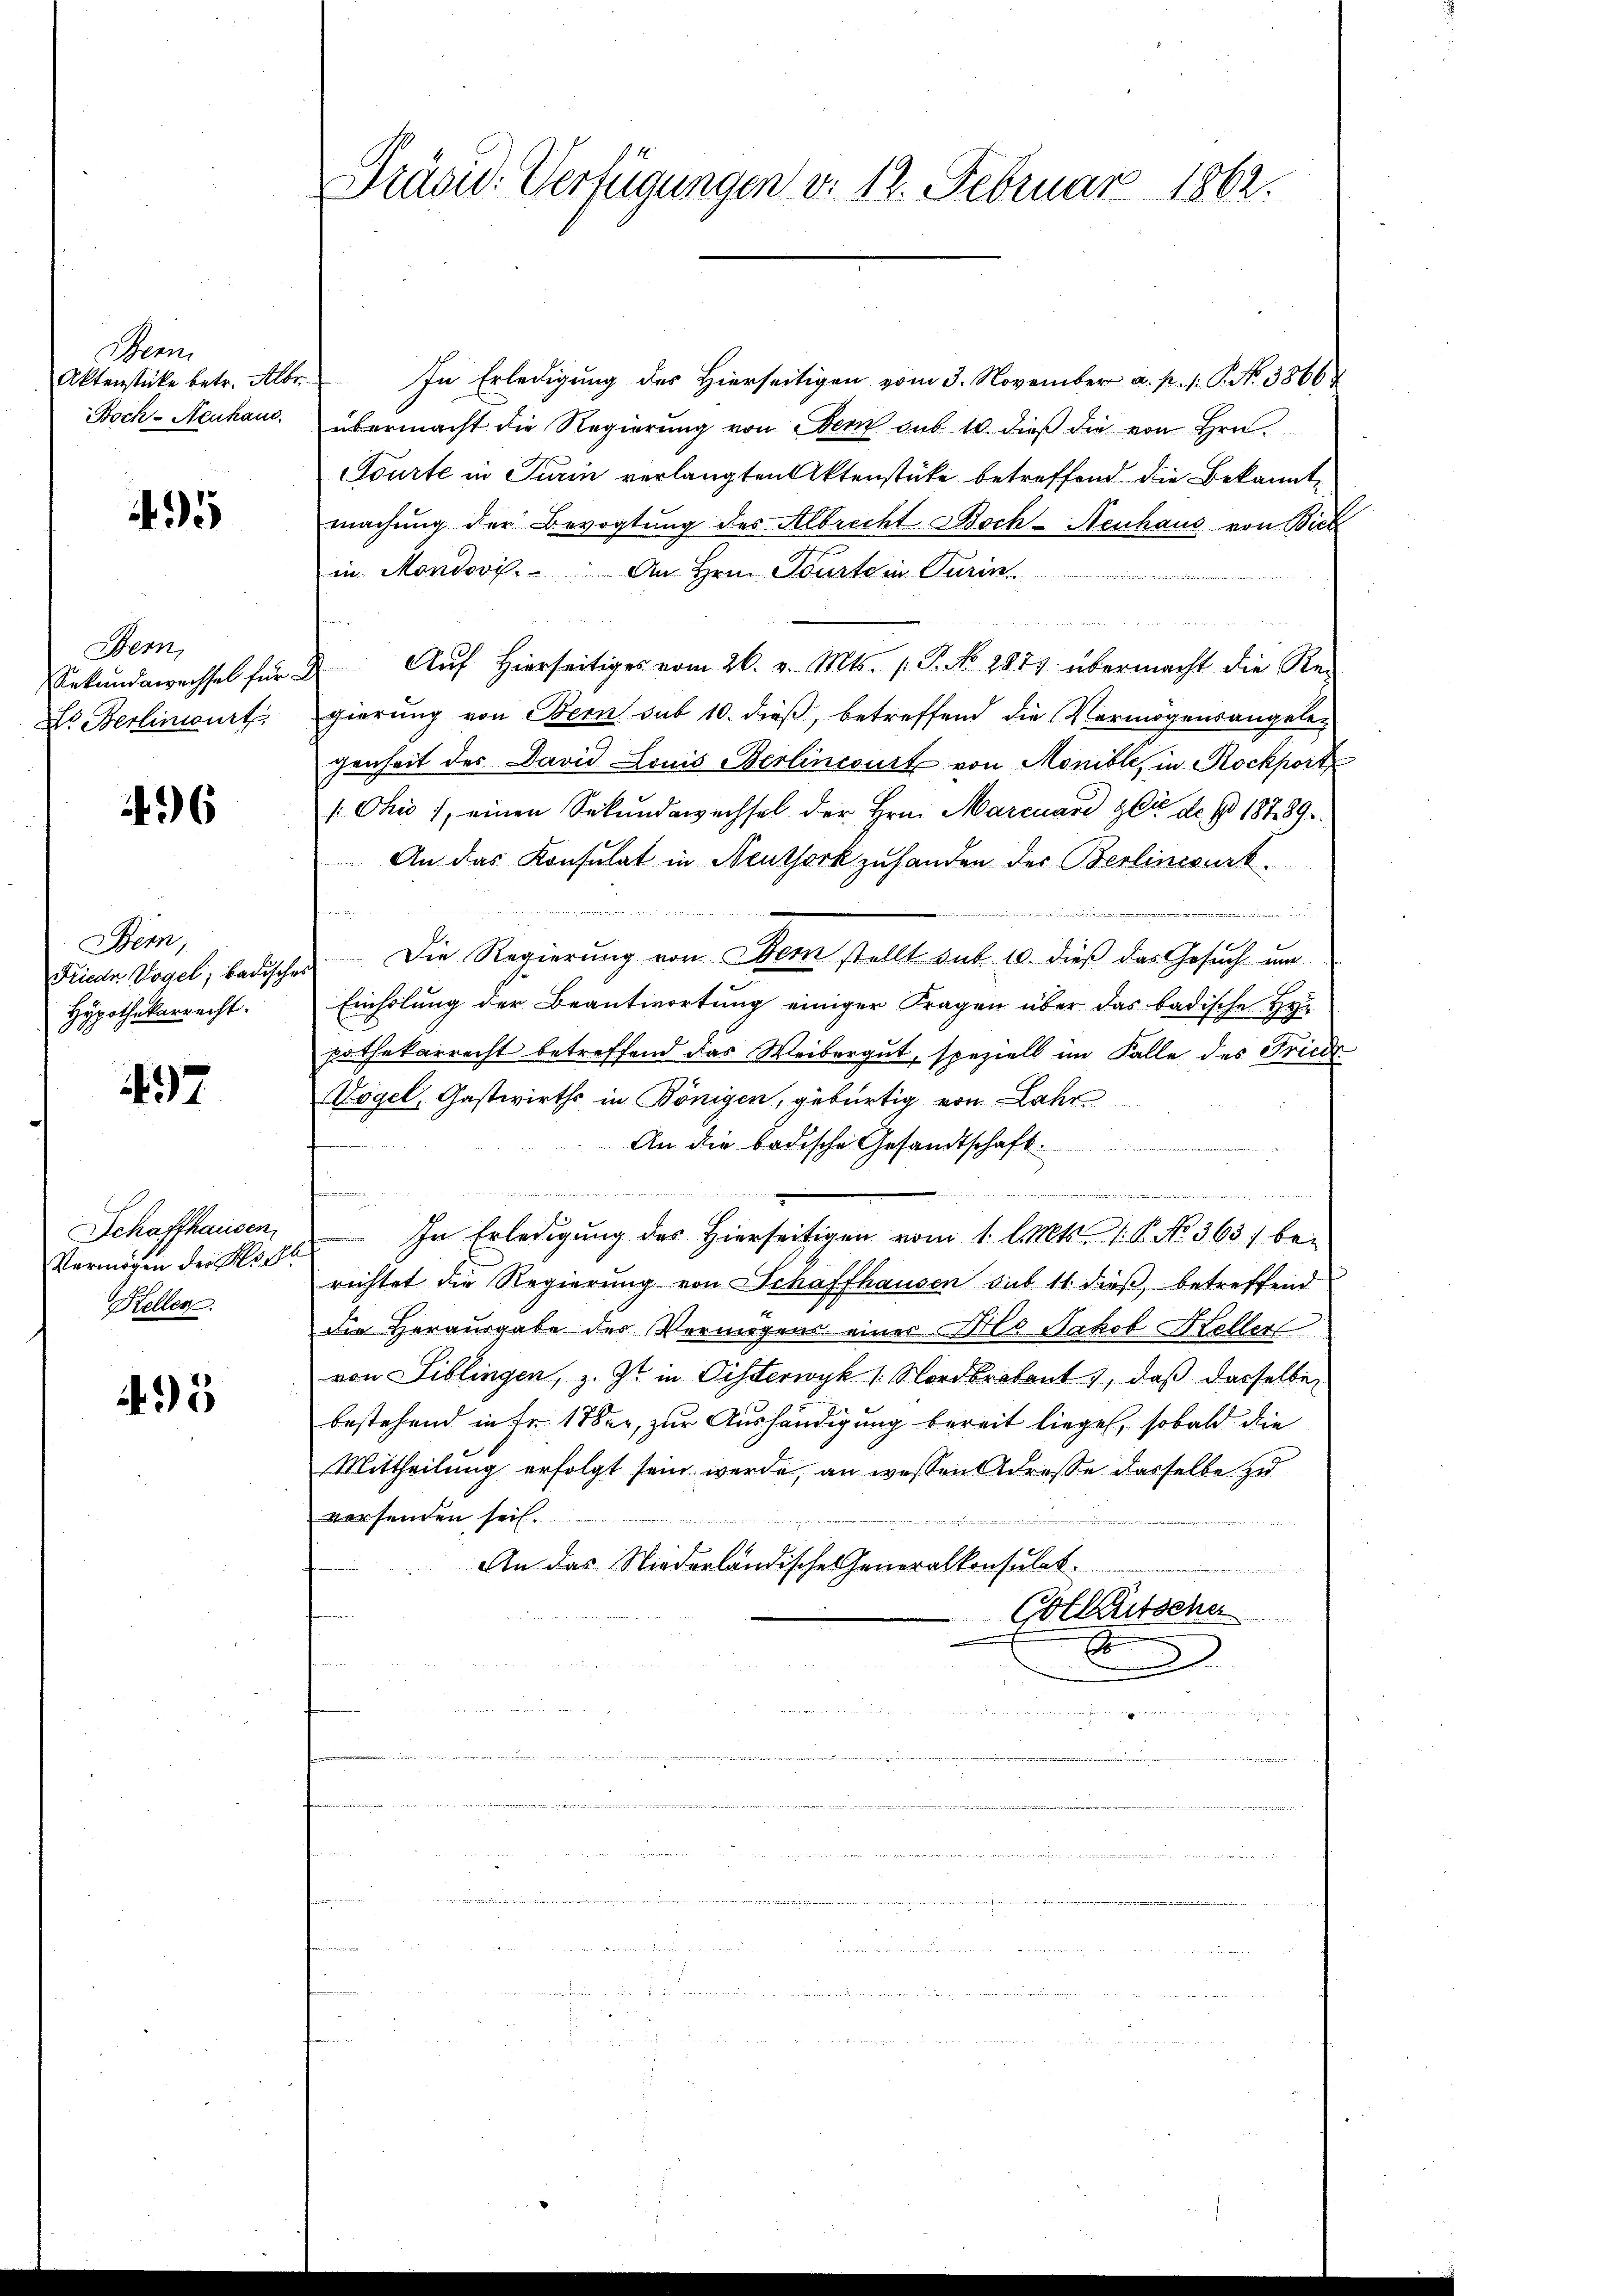
Man
Aktenstücke betr. Albr
Boch-Neuhaus.

4

Bern,
Sekundawechsel für
Dr Berlinwurt

36

Bem,
Friede Vogel; badische
Hypothekarrecht.

437

Schaffhausen
Vermögen der Richt
Kellen.

5

Präsid. Verfügungen v. 12. Februar 1862.

In Erledigung des Hierseitigen vom 3. November a. p. 1. P. Nr. 3866
übermacht die Regierung von Bern sub 10. dieß die von Hrn.
Courte in Turin verlangten Aktenstücke betreffend die Bekannte
machung der Bevogtung des Albrecht Boch-Neuhaus von Bick
in Mondovi. An Hrn. Tourtein Turin

Auf hierseitiges vom 26. v. Mts. (T. No 287 übermacht die Re-
gierung von Bern sub 10. dieß, betreffend die Vermögensangelegenheit des David Louis Berlincourt von Monible, in Rockport
 Ohio 1, einen Sekundewechsel der Hrn. Marcuard zu de § 18789
An das Konsulat in Neuthork zuhanden des Berlincourt

 Die Regierung von Obern stellt sub 10. dieß das Gesuch um
Einholung der Beantwortung einiger Fragen über das badische Heu
pothekarrecht betreffend das Weibergut, speziell im Falle des Friede
Vögel, Gastwirths in Bönigen, gebürtig von Lahr
An die badische Gesandtschaft.

 hart er den der rechen den
n
In Erledigung des Hierseitigen vom 1. Cet 1. P. No. 363) bei
richtet die Regierung von Schaffhausen sub 11 dieß, betreffend
die Herausgabe der Vermögens einer Als Jakob Keller
von Biblingen, z. Zt. in Disterwyk 1. Nordbrokant, daß dasselben
bestehend in Fr. 17ten, zur Aushändigung bereit liegen, sobald die
Mittheilung erfolgt sein werde, an wessen Adresse dasselbe zu
versenden sei.
An das Niederländische Generalkonsulat.
Colletscha
E
2
an der in die
un

mementen
  .. .
aie mein

                    di
id, d